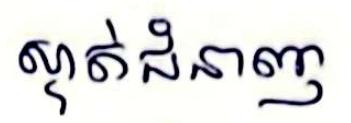
ស្ទាត់ជំនាញ